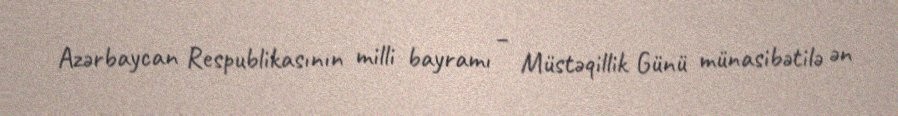
Azərbaycan Respublikasının milli bayramı – Müstəqillik Günü münasibətilə ən